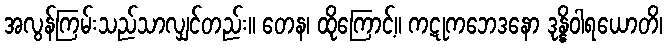
အလွန်ကြမ်းသည်သာလျှင်တည်း။ တေန၊ ထိုကြောင့်။ ကဋုကဘေဒနော ဒုန္နိဝါရယောတိ၊